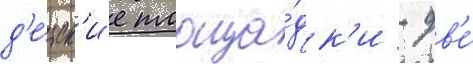
д'е́тск'ие площа́дк'и - дв'е́